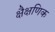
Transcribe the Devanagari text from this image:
क्षैक्षणिक